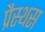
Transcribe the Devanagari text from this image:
प्रैस्थस